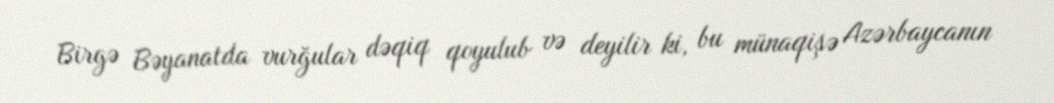
Birgə Bəyanatda vurğular dəqiq qoyulub və deyilir ki, bu münaqişə Azərbaycanın